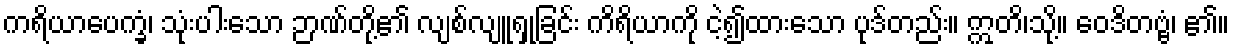
ကရိယာပေက္ခံ၊ သုံးပါးသော ဉာဏ်တို့၏ လျစ်လျူရှုခြင်း ကိရိယာကို ငဲ့၍ထားသော ပုဒ်တည်း။ ဣတိ၊သို့။ ဝေဒိတဗ္ဗံ၊ ၏။